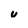
Character: U